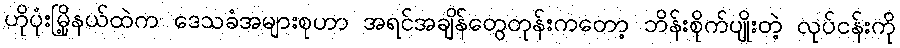
ဟိုပုံးမြို့နယ်ထဲက ဒေသခံအများစုဟာ အရင်အချိန်တွေတုန်းကတော့ ဘိန်းစိုက်ပျိုးတဲ့ လုပ်ငန်းကို